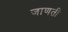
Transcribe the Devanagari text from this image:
जाणती